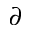
\partial